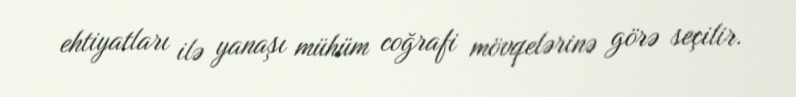
ehtiyatları ilə yanaşı mühüm coğrafi mövqelərinə görə seçilir.